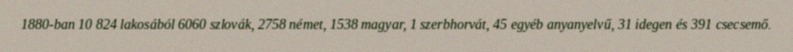
1880-ban 10 824 lakosából 6060 szlovák, 2758 német, 1538 magyar, 1 szerbhorvát, 45 egyéb anyanyelvű, 31 idegen és 391 csecsemő.